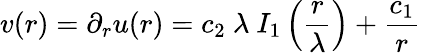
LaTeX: v(r)=\partial_{r}u(r)=c_{2}\ \lambda\ I_{1}\left(\frac{r}{\lambda}\right)+\frac{c_{1}}{r}